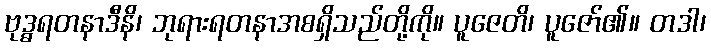
ဗုဒ္ဓရတနာဒီနိ၊ ဘုရားရတနာအစရှိသည်တို့ကို။ ပူဇေတိ၊ ပူဇော်၏။ တဒါ၊